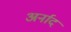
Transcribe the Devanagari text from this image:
अर्नाद